Report of the Lahore Medical School Hospital
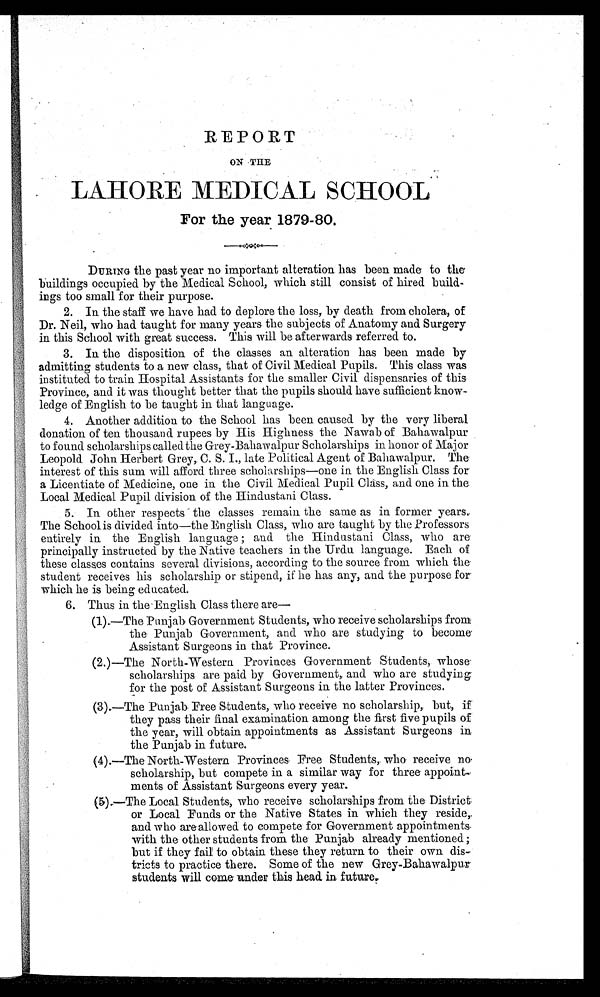
REPORT
ON THE
LAHORE MEDICAL SCHOOL
For the year 1879-80.
DURING the past year no important alteration has been made to the
buildings occupied by the Medical School, which still consist of hired build-
ings too small for their purpose.
2. In the staff we have had to deplore the loss, by death from cholera, of
Dr. Neil, who had taught for many years the subjects of Anatomy and Surgery
in this School with great success. This will be afterwards referred to.
3. In the disposition of the classes an alteration has been made by
admitting students to a new class, that of Civil Medical Pupils. This class was
instituted to train Hospital Assistants for the smaller Civil dispensaries of this
Province, and it was thought better that the pupils should have sufficient know-
ledge of English to be taught in that language.
4. Another addition to the School has been caused by the very liberal
donation of ten thousand rupees by His Highness the Nawab of Bahawalpur
to found scholarships called the Grey-Bahawalpur Scholarships in honor of Major
Leopold John Herbert Grey, C.S.I., late Political Agent of Bahawalpur. The
interest of this sum will afford three scholarships—one in the English Class for
a Licentiate of Medicine, one in the Civil Medical Pupil Class, and one in the
Local Medical Pupil division of the Hindustani Class.
5. In other respects the classes remain the same as in former years.
The School is divided into—the English Class, who are taught by the Professors
entirely in the English language; and the Hindustani Class, who are
principally instructed by the Native teachers in the Urdu language. Each of
these classes contains several divisions, according to the source from which the
student receives his scholarship or stipend, if he has any, and the purpose for
which he is being educated.
6. Thus in the English Class there are
—
(1).—The Punjab Government Students, who receive scholarships from
the Punjab Government, and who are studying to become
Assistant Surgeons in that Province.
(2.)—The North-Western Provinces Government Students, whose
scholarships are paid by Government, and who are studying
for the post of Assistant Surgeons in the latter Provinces.
(3).—The Punjab Free Students, who receive no scholarship, but, if
they pass their final examination among the first five pupils of
the year, will obtain appointments as Assistant Surgeons in
the Punjab in future.
(4).—The North-Western Provinces Free Students, who receive no
scholarship, but compete in a similar way for three appoint
- m e n t s o f A s s i s t a n t S u r g e o n s e v e r y y e a r .
(5).—The Local Students, who receive scholarships from the District
or Local Funds or the Native States in which they reside,
and who are allowed to compete for Government appointments
with the other students from the Punjab already mentioned
; but if they fail to obtain these they return to their own dis-
tricts to practice there. Some of the new Grey-Bahawalpur
students will come under this head in future.